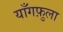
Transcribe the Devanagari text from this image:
याँगफ़ुला